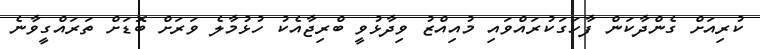
ކުރިއަށް ގެންދާކަން ފާހަގަކުރައްވައި މުއިއްޒު ވިދާޅުވީ ބްރިޖާއެކު ހުޅުމާލެ ވަރަށް ބޮޑަށް ތަރައްގީވާނެ